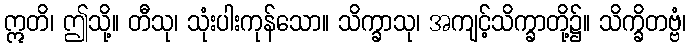
ဣတိ၊ ဤသို့။ တီသု၊ သုံးပါးကုန်သော။ သိက္ခာသု၊ အကျင့်သိက္ခာတို့၌။ သိက္ခိတဗ္ဗံ၊